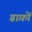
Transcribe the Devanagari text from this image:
ग्राफ़ों